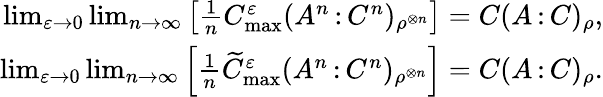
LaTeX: \begin{array}{r}{\operatorname*{lim}_{\varepsilon\to 0}\operatorname*{lim}_{n\to\infty}\left[\frac{1}{n}C_{\operatorname*{max}}^{\varepsilon}(A^{n}{\, :\, }C^{n})_{\rho^{\otimes n}}\right]=C(A{\, :\, }C)_{\rho},}\\ {\operatorname*{lim}_{\varepsilon\to 0}\operatorname*{lim}_{n\to\infty}\left[\frac{1}{n}\widetilde{C}_{\operatorname*{max}}^{\varepsilon}(A^{n}{\, :\, }C^{n})_{\rho^{\otimes n}}\right]=C(A{\, :\, }C)_{\rho}.}\end{array}